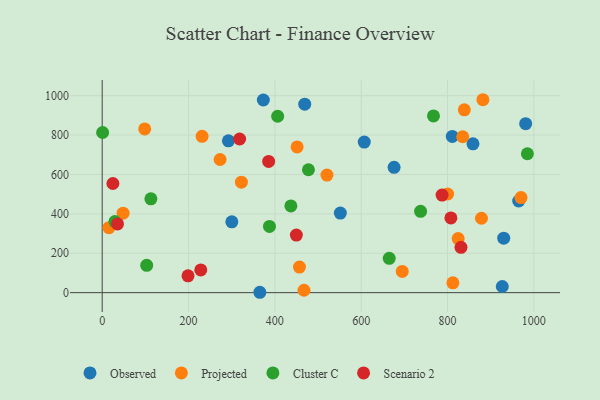
{"axis": {"x": "Experience", "y": "Rating"}, "legend": ["Cluster C", "Observed", "Projected", "Scenario 2"], "data": [{"x": "365.2", "y": 1.9, "type": "Observed"}, {"x": "930.2", "y": 276.6, "type": "Observed"}, {"x": "300.3", "y": 359.8, "type": "Observed"}, {"x": "964.9", "y": 465.3, "type": "Observed"}, {"x": "292.4", "y": 770.7, "type": "Observed"}, {"x": "373.3", "y": 978.0, "type": "Observed"}, {"x": "926.9", "y": 31.1, "type": "Observed"}, {"x": "981.0", "y": 857.7, "type": "Observed"}, {"x": "859.0", "y": 755.5, "type": "Observed"}, {"x": "469.2", "y": 957.1, "type": "Observed"}, {"x": "676.2", "y": 636.5, "type": "Observed"}, {"x": "607.1", "y": 764.4, "type": "Observed"}, {"x": "811.1", "y": 793.0, "type": "Observed"}, {"x": "551.7", "y": 403.9, "type": "Observed"}, {"x": "520.7", "y": 597.0, "type": "Projected"}, {"x": "970.3", "y": 482.8, "type": "Projected"}, {"x": "467.5", "y": 12.1, "type": "Projected"}, {"x": "882.0", "y": 979.5, "type": "Projected"}, {"x": "695.1", "y": 107.6, "type": "Projected"}, {"x": "835.2", "y": 791.5, "type": "Projected"}, {"x": "15.6", "y": 330.1, "type": "Projected"}, {"x": "231.4", "y": 793.5, "type": "Projected"}, {"x": "457.0", "y": 129.8, "type": "Projected"}, {"x": "878.6", "y": 377.8, "type": "Projected"}, {"x": "812.4", "y": 50.0, "type": "Projected"}, {"x": "838.9", "y": 928.4, "type": "Projected"}, {"x": "451.5", "y": 739.8, "type": "Projected"}, {"x": "800.3", "y": 500.9, "type": "Projected"}, {"x": "322.5", "y": 560.9, "type": "Projected"}, {"x": "48.4", "y": 403.3, "type": "Projected"}, {"x": "273.1", "y": 676.1, "type": "Projected"}, {"x": "98.5", "y": 831.4, "type": "Projected"}, {"x": "824.6", "y": 274.4, "type": "Projected"}, {"x": "103.1", "y": 138.7, "type": "Cluster C"}, {"x": "112.8", "y": 476.6, "type": "Cluster C"}, {"x": "477.8", "y": 624.0, "type": "Cluster C"}, {"x": "985.0", "y": 705.3, "type": "Cluster C"}, {"x": "437.1", "y": 440.1, "type": "Cluster C"}, {"x": "665.0", "y": 174.4, "type": "Cluster C"}, {"x": "767.5", "y": 897.5, "type": "Cluster C"}, {"x": "406.5", "y": 895.5, "type": "Cluster C"}, {"x": "1.0", "y": 813.0, "type": "Cluster C"}, {"x": "29.5", "y": 360.8, "type": "Cluster C"}, {"x": "387.5", "y": 336.4, "type": "Cluster C"}, {"x": "737.6", "y": 412.7, "type": "Cluster C"}, {"x": "449.8", "y": 292.5, "type": "Scenario 2"}, {"x": "385.6", "y": 666.4, "type": "Scenario 2"}, {"x": "807.8", "y": 379.3, "type": "Scenario 2"}, {"x": "318.4", "y": 780.2, "type": "Scenario 2"}, {"x": "35.5", "y": 348.7, "type": "Scenario 2"}, {"x": "228.4", "y": 115.5, "type": "Scenario 2"}, {"x": "198.8", "y": 85.3, "type": "Scenario 2"}, {"x": "24.8", "y": 554.2, "type": "Scenario 2"}, {"x": "831.2", "y": 230.3, "type": "Scenario 2"}, {"x": "787.4", "y": 495.2, "type": "Scenario 2"}]}